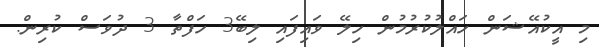
މި އީކުއޭޝަން ހައްލުކުރުމުން ހިލޭ ވައިފައި ލިބޭ3 ހަފްތާ 3 ދުވަސް ކުރިން.